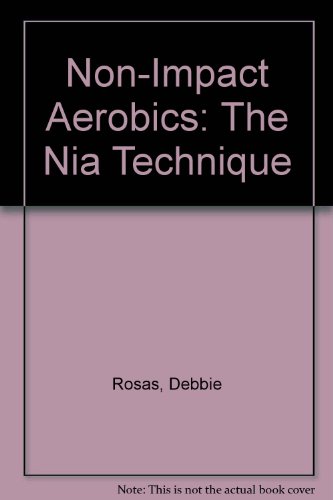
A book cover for Non-Impact Aerobics: The Nia Technique; Debbie Rosas; Health, Fitness & Dieting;